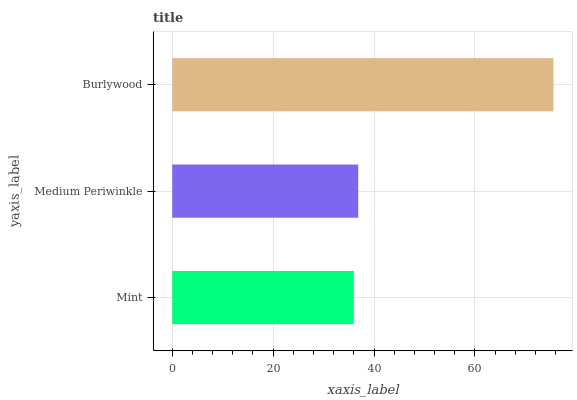
| yaxis_label | bars |
 | --- | --- |
 | Mint | 36 |
 | Medium Periwinkle | 36.9 |
 | Burlywood | 75.6 |